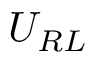
U _ { R L }